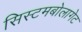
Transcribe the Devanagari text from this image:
सिस्टमबोलागेट